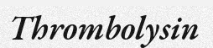
Thrombolysin